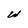
Character: W